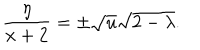
\frac { \eta } { x + 2 } = \pm \sqrt { u } \sqrt { 2 - \lambda } .